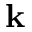
\textbf { k }